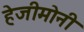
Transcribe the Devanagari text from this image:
हेजीमोनी